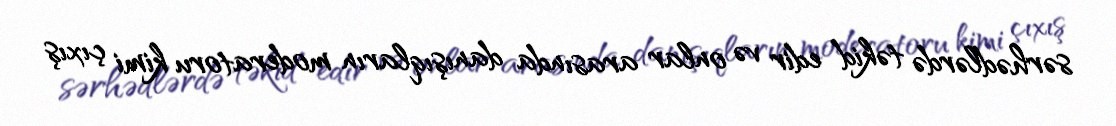
sərhədlərdə təkid edir və onlar arasında danışıqların moderatoru kimi çıxış